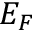
E _ { F }